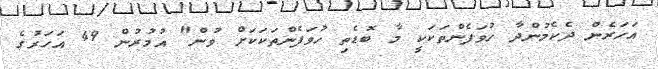
އަހަރެން ދެކެމުންދާ ހުވަފެންތަކަކީ މާ ބޮޑެތި ހުވަފެންތަކަކަށް ވުން" އުމުރުން 49 އަހަރުގެ